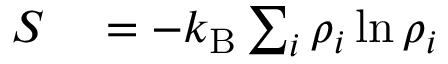
\begin{array} { r l } { S } & { { } = - k _ { \mathrm { B } } \sum _ { i } \rho _ { i } \ln \rho _ { i } } \end{array}